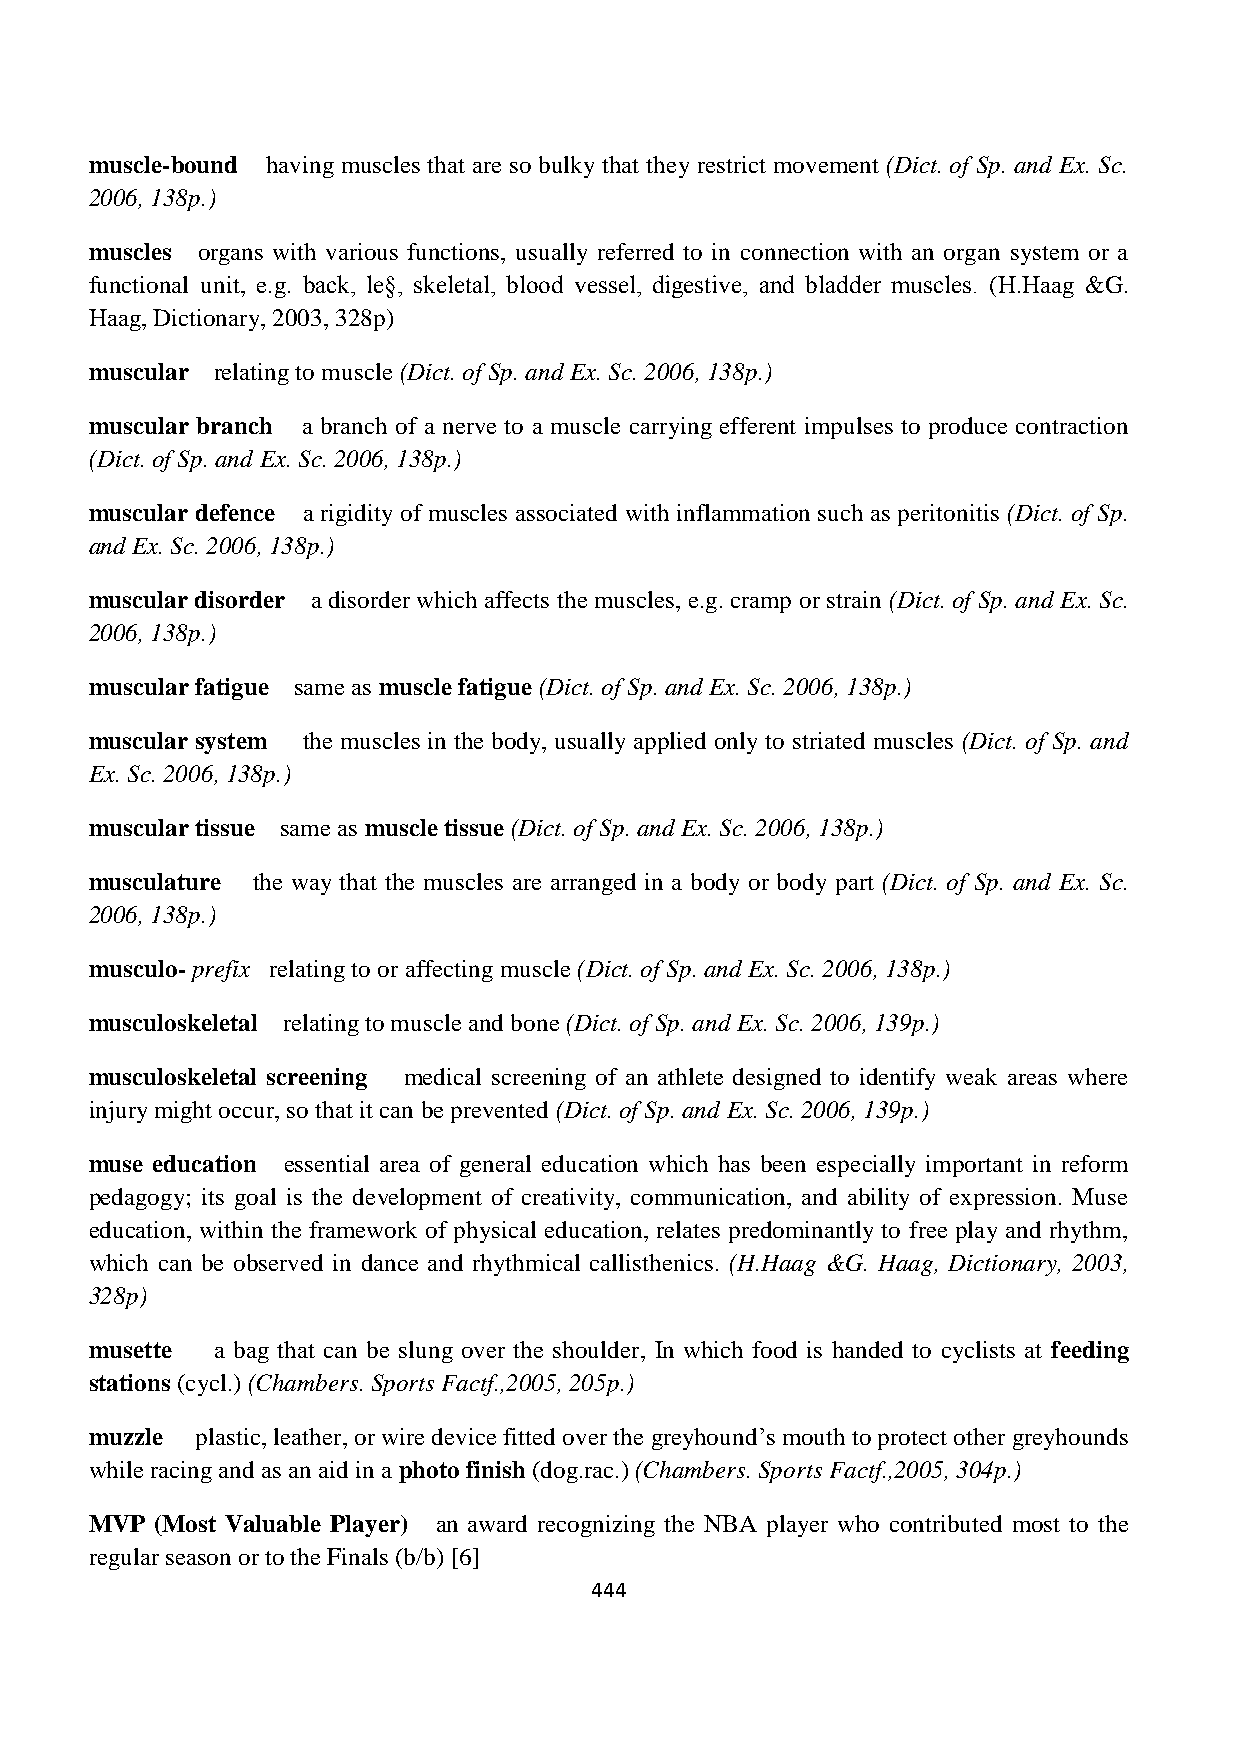
muscle-bound having muscles that are so bulky that they restrict movement (Dict. of Sp. and Ex. Sc.
 2006, 138p.)
 muscles organs with various functions, usually referred to in connection with an organ system or a
 functional unit, e.g. back, le§, skeletal, blood vessel, digestive, and bladder muscles. (H.Haag &G.
 Haag, Dictionary, 2003, 328p)
 muscular relating to muscle (Dict. of Sp. and Ex. Sc. 2006, 138p.)
 muscular branch a branch of a nerve to a muscle carrying efferent impulses to produce contraction
 (Dict. of Sp. and Ex. Sc. 2006, 138p.)
 muscular defence a rigidity of muscles associated with inflammation such as peritonitis (Dict. of Sp.
 and Ex. Sc. 2006, 138p.)
 muscular disorder a disorder which affects the muscles, e.g. cramp or strain (Dict. of Sp. and Ex. Sc.
 2006, 138p.)
 muscular fatigue same as muscle fatigue (Dict. of Sp. and Ex. Sc. 2006, 138p.)
 muscular system the muscles in the body, usually applied only to striated muscles (Dict. of Sp. and
 Ex. Sc. 2006, 138p.)
 muscular tissue same as muscle tissue (Dict. of Sp. and Ex. Sc. 2006, 138p.)
 musculature the way that the muscles are arranged in a body or body part (Dict. of Sp. and Ex. Sc.
 2006, 138p.)
 musculo- prefix relating to or affecting muscle (Dict. of Sp. and Ex. Sc. 2006, 138p.)
 musculoskeletal relating to muscle and bone (Dict. of Sp. and Ex. Sc. 2006, 139p.)
 musculoskeletal screening medical screening of an athlete designed to identify weak areas where
 injury might occur, so that it can be prevented (Dict. of Sp. and Ex. Sc. 2006, 139p.)
 muse education essential area of general education which has been especially important in reform
 pedagogy; its goal is the development of creativity, communication, and ability of expression. Muse
 education, within the framework of physical education, relates predominantly to free play and rhythm,
 which can be observed in dance and rhythmical callisthenics. (H.Haag &G. Haag, Dictionary, 2003,
 328p)
 musette a bag that can be slung over the shoulder, In which food is handed to cyclists at feeding
 stations (cycl.) (Chambers. Sports Factf.,2005, 205p.)
 muzzle plastic, leather, or wire device fitted over the greyhound’s mouth to protect other greyhounds
 while racing and as an aid in a photo finish (dog.rac.) (Chambers. Sports Factf.,2005, 304p.)
 MVP (Most Valuable Player) an award recognizing the NBA player who contributed most to the
 regular season or to the Finals (b/b) [6]
 444